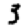
Digit: 3